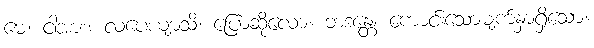
မေ၊ ငါအား။ လပေယျာသိ၊ ပြောဆိုလော။ ဘဒန္တေ၊ ကောင်းသောမျက်နှာရှိသော။